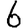
Digit: 6